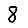
Digit: 8